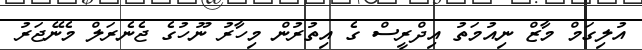
އުލިގަމް މާޒް ނިއުމަތު އިދްރީސް ގެ އިތުރުން މިހާރު ނޫހުގެ ޖެނެރަލް މެނޭޖަރު